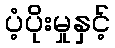
ပံ့ပိုးမှုနှင့်